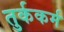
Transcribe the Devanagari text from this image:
तुर्ककर्म